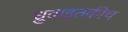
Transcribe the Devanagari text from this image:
ध्रुवाइतकीच